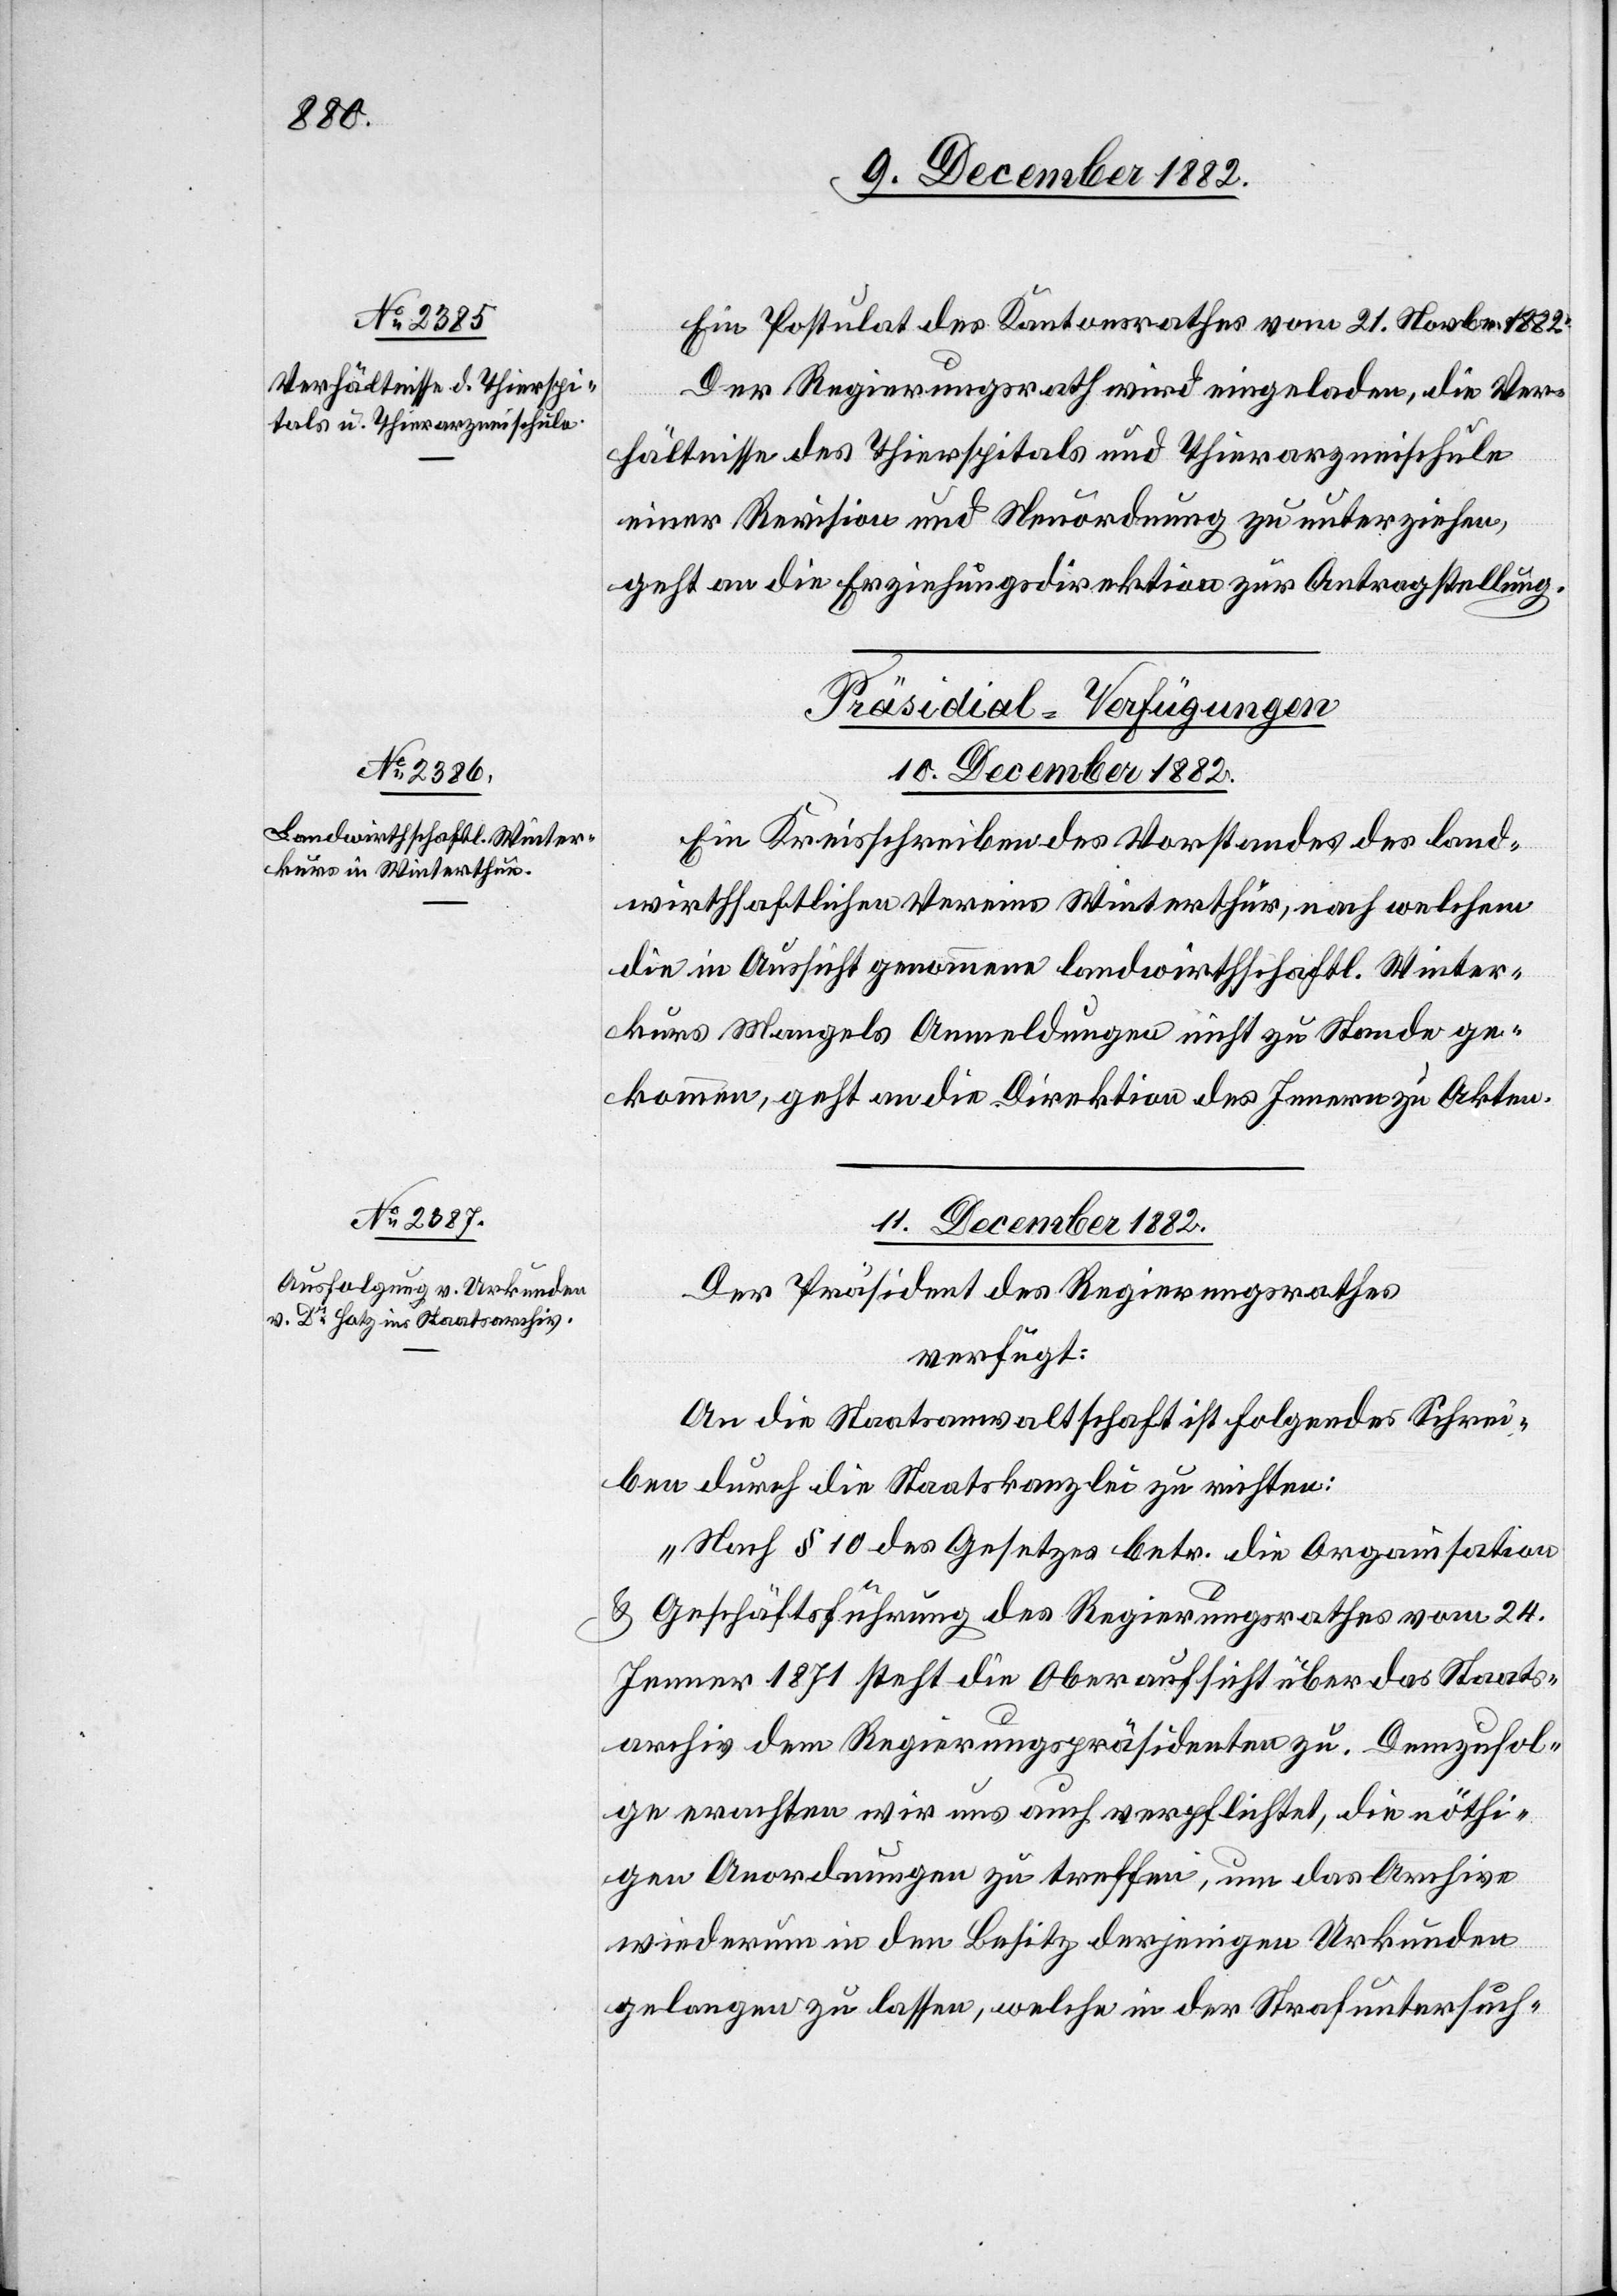
Ein Postulat des Kantonsrathes vom 21. Novbr. 1882:
Der Regierungsrath wird eingeladen, die Ver¬
hältnisse des Thierspitals und Thierarzneischule
einer Revision und Neuordnung zu unterziehen,
geht an die Erziehungsdirektion zur Antragstellung.
[Präsidial-Verfügungen.]
10. December 1882.
Ein Kreisschreiben des Vorstandes des land¬
wirthschaftlichen Vereins Winterthur, nach welchem
der] in Aussicht genommene landwirthschaftl. Winter¬
kurs Mangels Anmeldungen nicht zu Stande ge¬
kommen, geht an die Direktion des Innern zu Akten.
11. December 1882.
Der Präsident des Regierungsrathes
verfügt:
An die Staatsanwaltschaft ist folgendes Schrei¬
ben durch die Staatskanzlei zu richten:
„Nach § 10 des Gesetzes betr. die Organisation
& Geschäftsführung des Regierungsrathes vom 24.
Jenner 1871 steht die Oberaufsicht über das Staats¬
archiv dem Regierungspräsidenten zu. Demzufol¬
ge erachten wir uns auch verpflichtet, die nöthi¬
gen Anordnungen zu treffen, um das Archiv
wiederum in den Besitz derjenigen Urkunden
gelangen zu lassen, welche in der Strafuntersuch-